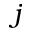
j